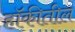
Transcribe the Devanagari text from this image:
हॉकीतील